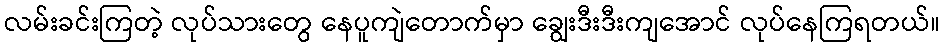
လမ်းခင်းကြတဲ့ လုပ်သားတွေ နေပူကျဲတောက်မှာ ချွေးဒီးဒီးကျအောင် လုပ်နေကြရတယ်။